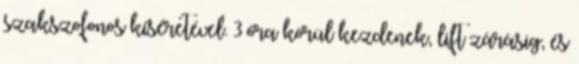
szakszofonos kíséretével. 3 óra körül kezdenek, lift zárásig, és